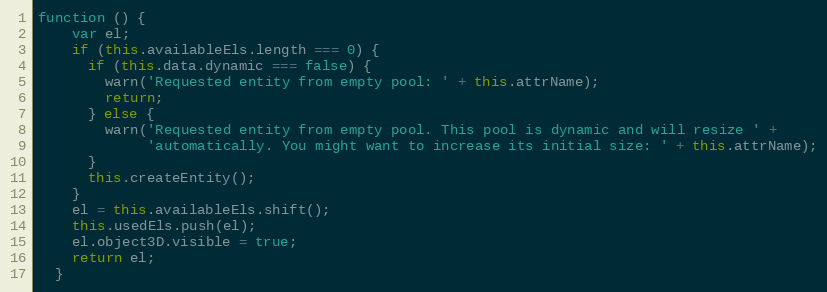
Language: JavaScript
function () {
    var el;
    if (this.availableEls.length === 0) {
      if (this.data.dynamic === false) {
        warn('Requested entity from empty pool: ' + this.attrName);
        return;
      } else {
        warn('Requested entity from empty pool. This pool is dynamic and will resize ' +
             'automatically. You might want to increase its initial size: ' + this.attrName);
      }
      this.createEntity();
    }
    el = this.availableEls.shift();
    this.usedEls.push(el);
    el.object3D.visible = true;
    return el;
  }